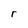
Character: r